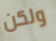
ولكن